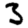
Digit: 3